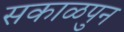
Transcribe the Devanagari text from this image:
सकाळपुन